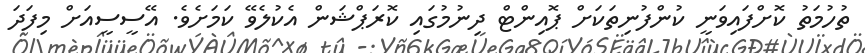
ތުހުމަތު ކޮށްފައިވަނީ ކުންފުނިތަކަށް ޕޮއިންޓް ދިނުމުގައި ކޮރަޕްޝަން އެކުލެވޭ ކަމަށެވެ. އޭސީސީއަށް މިފަދަ